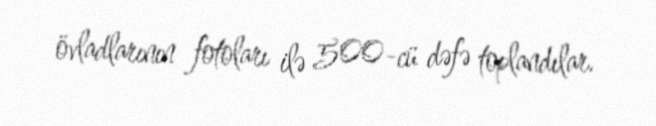
övladlarının fotoları ilə 500-cü dəfə toplandılar.